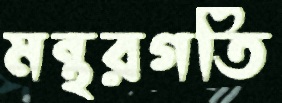
মন্থরগতি